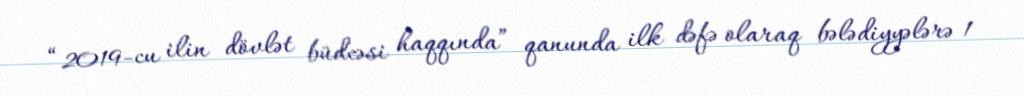
“2019-cu ilin dövlət büdcəsi haqqında” qanunda ilk dəfə olaraq bələdiyyələrə 1